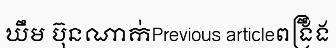
ឃឹម ប៊ុនណាក់Previous articleពង្រឹង